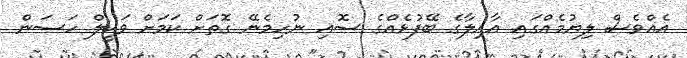
އެއްވެސް ލިޔުމެއްގައި އާއިލާގެ ބޭފުޅެއްގެ ސޮއި ނުހިމެނޭ ގޮތަށް ކަމަށް ވަކީލް ހަސަން